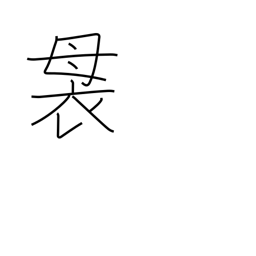
Meaning: top